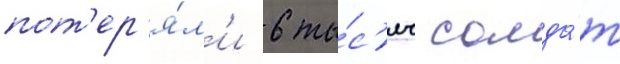
пот'ер'я́л'и 6 ты́с'яч солда́т